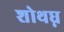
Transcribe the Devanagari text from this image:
शोथघ्न